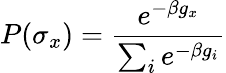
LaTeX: P(\sigma_{x})=\frac{e^{-\beta g_{x}}}{\sum_{i}e^{-\beta g_{i}}}